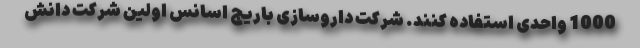
1000 واحدی استفاده کنند. شرکت داروسازی باریج اسانس اولین شرکت دانش